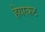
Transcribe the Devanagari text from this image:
हेयरकट